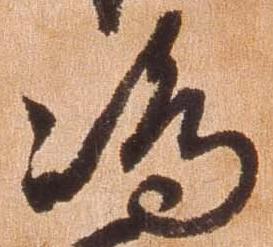
島